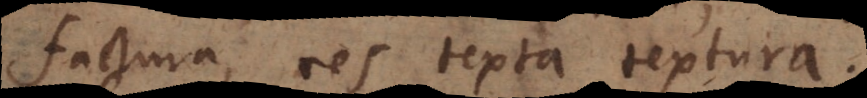
factura, res texta textura.